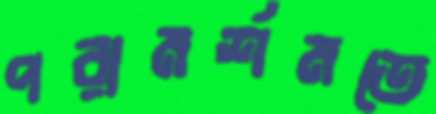
পরামর্শমতে